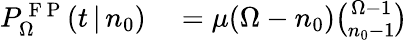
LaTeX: \begin{array}{rl}{P_{\Omega}^{\mathrm{~F~P~}}(t\, |\, n_{0})}&{{}=\mu(\Omega-n_{0}){\binom{\Omega-1}{n_{0}-1}}}\end{array}